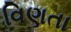
વિણતા